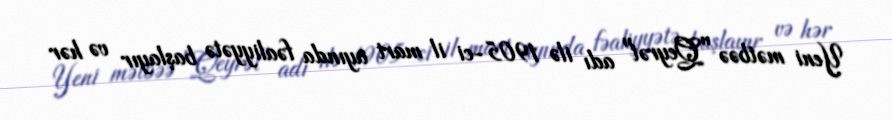
Yeni mətbəə "Qeyrət" adı ilə 1905-ci il mart ayında fəaliyyətə başlayır və hər